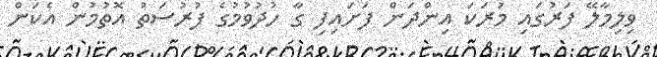
ވިލިމާލޭ ފަރުގައި މުރަކަ އިންދަން ފަށައިފި ގާ ހުދުވުމުގެ ފުރުސަތު އޮތުމުން އެކަން